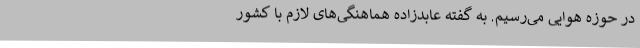
در حوزه هوایی می‌رسیم. به گفته عابدزاده هماهنگی‌های لازم با کشور